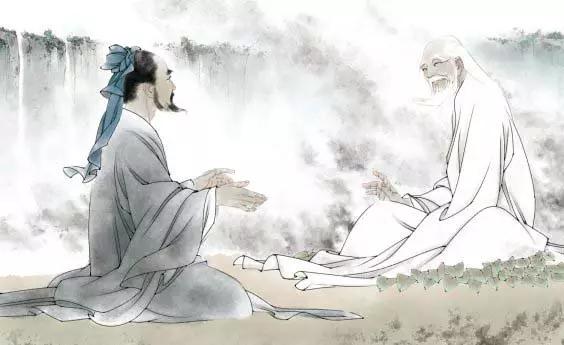
仁者之为天下度也，辟之无以异乎孝子之为亲度也。